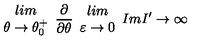
\begin{array} { c } { l i m } \\ { \theta \rightarrow \theta _ { 0 } ^ { + } } \\ \end{array} \frac { \partial } { \partial \theta } \begin{array} { c } { l i m } \\ { \varepsilon \rightarrow 0 } \\ \end{array} I m I ^ { \prime } \rightarrow \infty